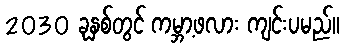
2030 ခုနှစ်တွင် ကမ္ဘာ့ဖလား ကျင်းပမည်။